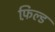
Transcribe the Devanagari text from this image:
फ़िल्ड